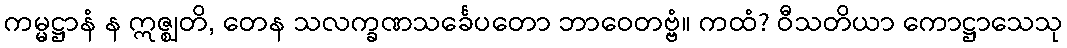
ကမ္မဋ္ဌာနံ န ဣဇ္ဈတိ, တေန သလက္ခဏသင်္ခေပတော ဘာဝေတဗ္ဗံ။ ကထံ? ဝီသတိယာ ကောဋ္ဌာသေသု